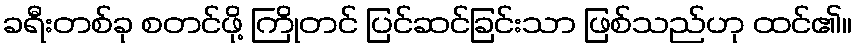
ခရီးတစ်ခု စတင်ဖို့ ကြိုတင် ပြင်ဆင်ခြင်းသာ ဖြစ်သည်ဟု ထင်၏။